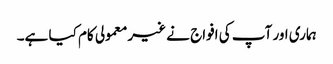
ہماری اور آپ کی افواج نے غیرمعمولی کام کیا ہے۔